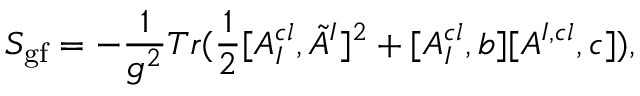
S _ { \mathrm { g f } } = - \frac { 1 } { g ^ { 2 } } T r ( \frac { 1 } { 2 } [ A _ { I } ^ { c l } , \tilde { A } ^ { I } ] ^ { 2 } + [ A _ { I } ^ { c l } , b ] [ A ^ { I , c l } , c ] ) ,